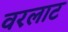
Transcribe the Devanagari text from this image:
वरलाट